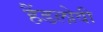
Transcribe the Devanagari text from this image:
हैंडलोवी